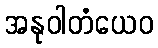
အနုဝါတံယေဝ